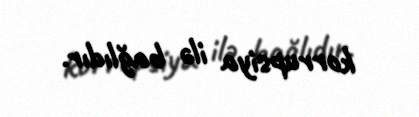
korrupsiya ilə bağlıdır.